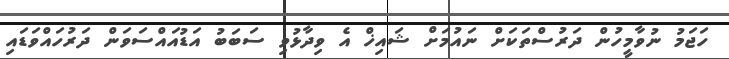
ހަޖަމު ނުވާމީހުން ދަރުސްތަކަށް ނައުމަށް ޝައިޚް އެ ވިދާޅުވި ސަބަބު އަޑުއައްސަވަން ދަރުހައްވަޑައި